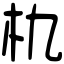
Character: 朹